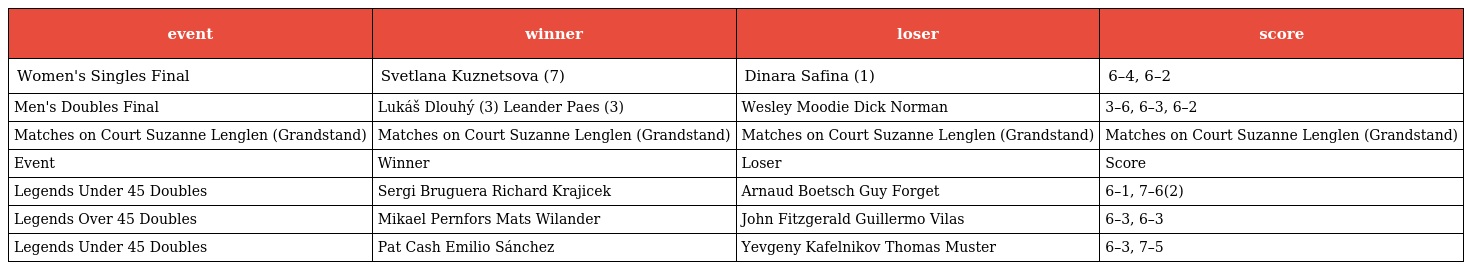
| event | winner | loser | score |
 | --- | --- | --- | --- |
 | Women's Singles Final | Svetlana Kuznetsova (7) | Dinara Safina (1) | 6–4, 6–2 |
 | Men's Doubles Final | Lukáš Dlouhý (3) Leander Paes (3) | Wesley Moodie Dick Norman | 3–6, 6–3, 6–2 |
 | Matches on Court Suzanne Lenglen (Grandstand) | Matches on Court Suzanne Lenglen (Grandstand) | Matches on Court Suzanne Lenglen (Grandstand) | Matches on Court Suzanne Lenglen (Grandstand) |
 | Event | Winner | Loser | Score |
 | Legends Under 45 Doubles | Sergi Bruguera Richard Krajicek | Arnaud Boetsch Guy Forget | 6–1, 7–6(2) |
 | Legends Over 45 Doubles | Mikael Pernfors Mats Wilander | John Fitzgerald Guillermo Vilas | 6–3, 6–3 |
 | Legends Under 45 Doubles | Pat Cash Emilio Sánchez | Yevgeny Kafelnikov Thomas Muster | 6–3, 7–5 |